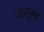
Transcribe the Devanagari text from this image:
जलनुमा